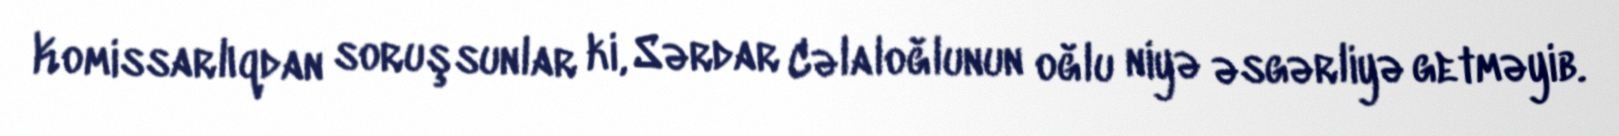
Komissarlıqdan soruşsunlar ki, Sərdar Cəlaloğlunun oğlu niyə əsgərliyə getməyib.